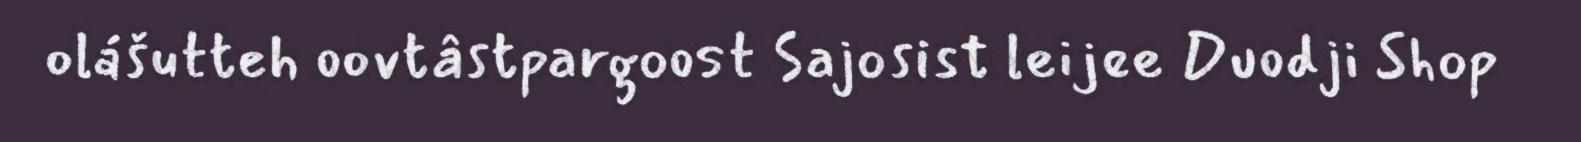
olášutteh oovtâstpargoost Sajosist leijee Duodji Shop